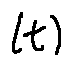
( t )